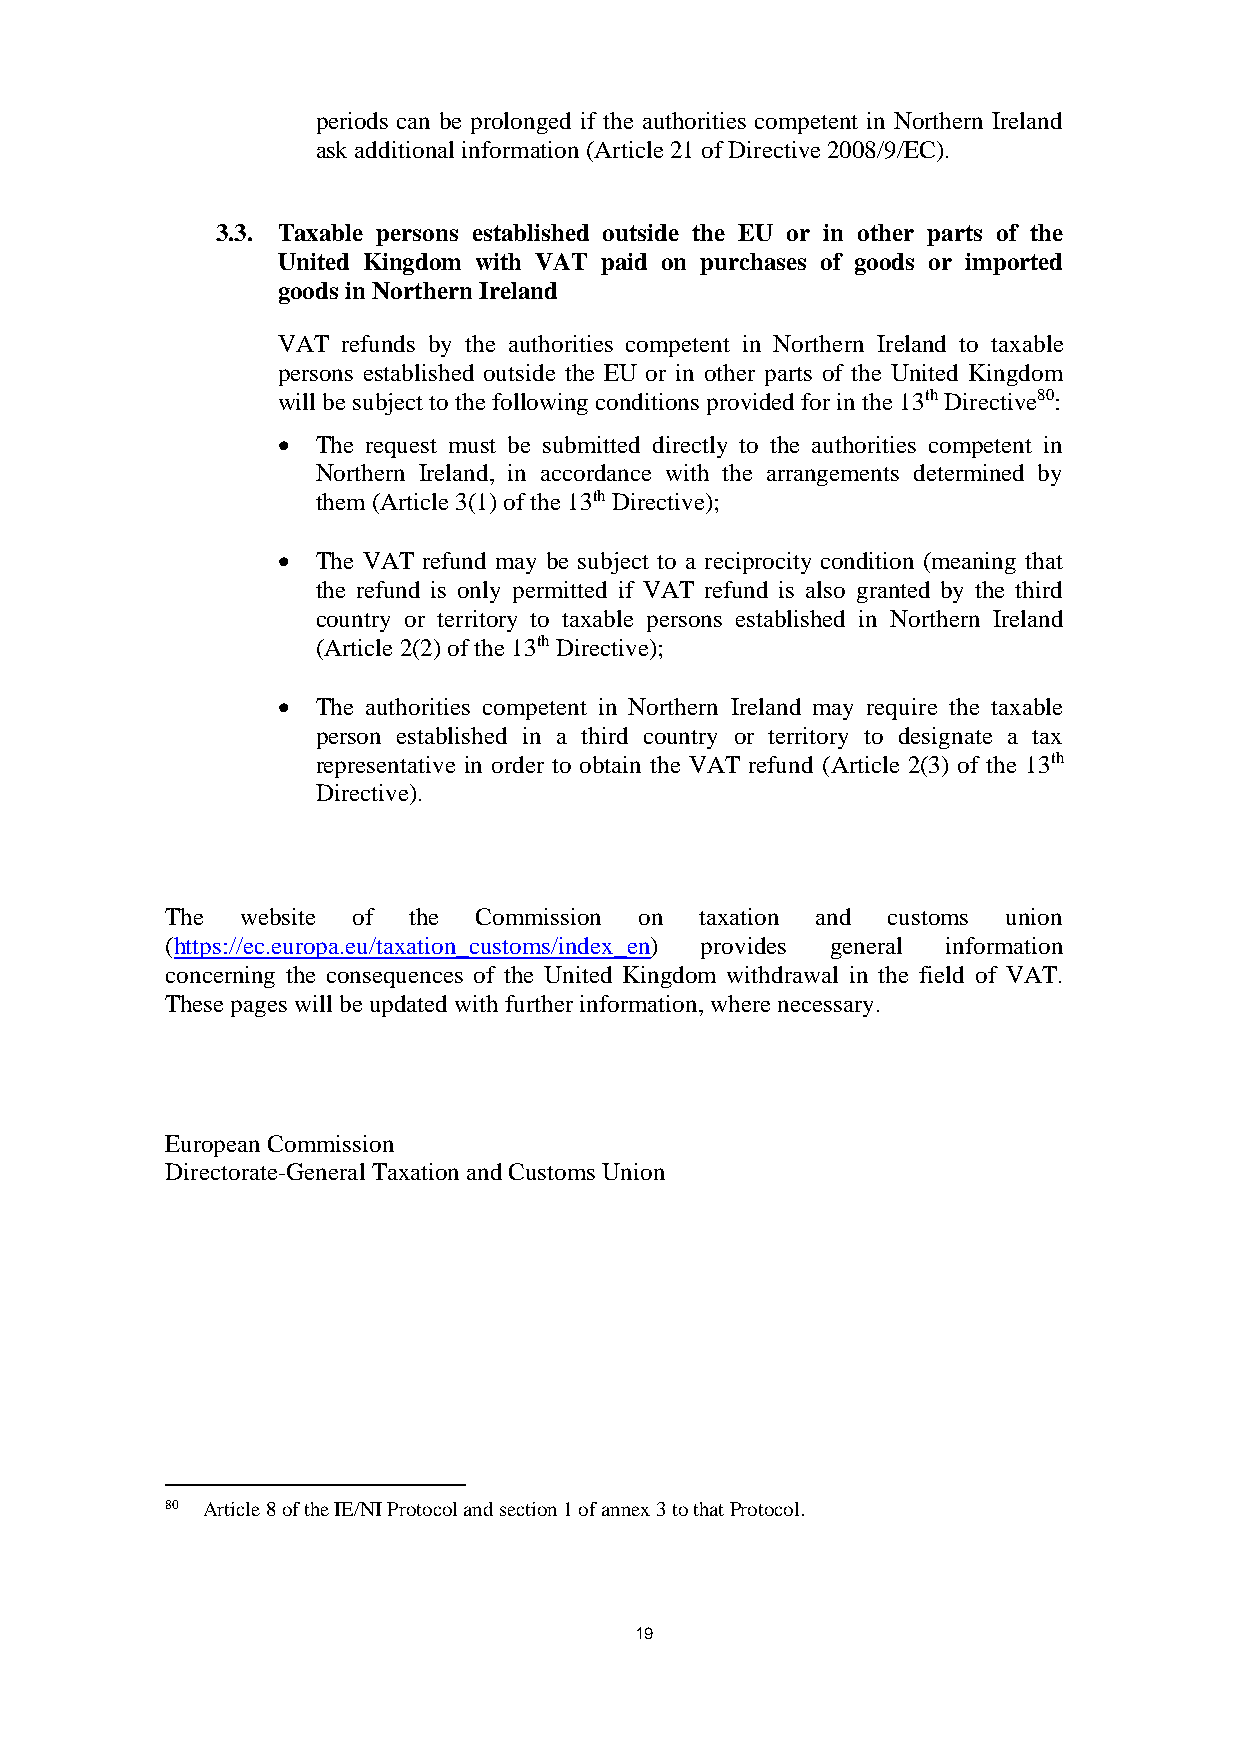
periods can be prolonged if the authorities competent in Northern Ireland
 ask additional information (Article 21 of Directive 2008/9/EC).
 3.3. Taxable persons established outside the EU or in other parts of the
 United Kingdom with VAT paid on purchases of goods or imported
 goods in Northern Ireland
 VAT  refunds by the authorities competent in Northern Ireland to taxable
 persons established outside the EU or in other parts of the United Kingdom
 will be subject to the following conditions provided for in the 13th Directive80:
   The request must be submitted directly to the authorities competent in
 Northern Ireland, in accordance with the arrangements determined by
 them (Article 3(1) of the 13th Directive);
   The VAT refund may be subject to a reciprocity condition (meaning that
 the refund is only permitted if VAT refund is also granted by the third
 country or territory to taxable persons established in Northern Ireland
 (Article 2(2) of the 13th Directive);
   The authorities competent in Northern Ireland may require the taxable
 person established in a third country or territory to designate a tax
 representative in order to obtain the VAT refund (Article 2(3) of the 13th
 Directive).
 The  website of the  Commission on taxation and customs union
 (https://ec.europa.eu/taxation_customs/index_en) provides general information
 concerning the consequences of the United Kingdom withdrawal in the field of VAT.
 These pages will be updated with further information, where necessary.
 European Commission
 Directorate-General Taxation and Customs Union
 80 Article 8 of the IE/NI Protocol and section 1 of annex 3 to that Protocol.
 19